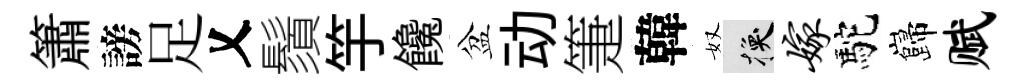
簫謗足乂鬚竽饞盆动箑韓奴换嫁駝巋赋